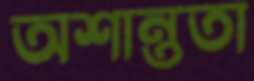
অশান্ততা